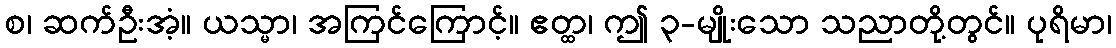
စ၊ ဆက်ဦးအံ့။ ယသ္မာ၊ အကြင်ကြောင့်။ ဧတ္ထ၊ ဤ ၃-မျိုးသော သညာတို့တွင်။ ပုရိမာ၊